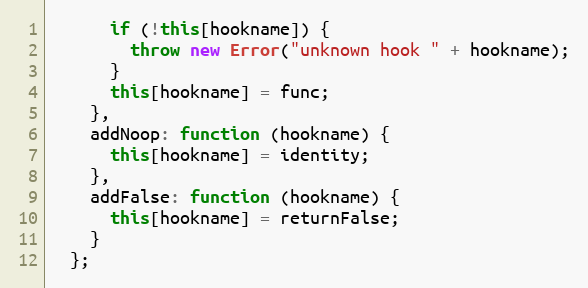
Language: JavaScript
      if (!this[hookname]) {
        throw new Error("unknown hook " + hookname);
      }
      this[hookname] = func;
    },
    addNoop: function (hookname) {
      this[hookname] = identity;
    },
    addFalse: function (hookname) {
      this[hookname] = returnFalse;
    }
  };